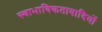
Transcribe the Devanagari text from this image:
स्वाभाविकतावादियों